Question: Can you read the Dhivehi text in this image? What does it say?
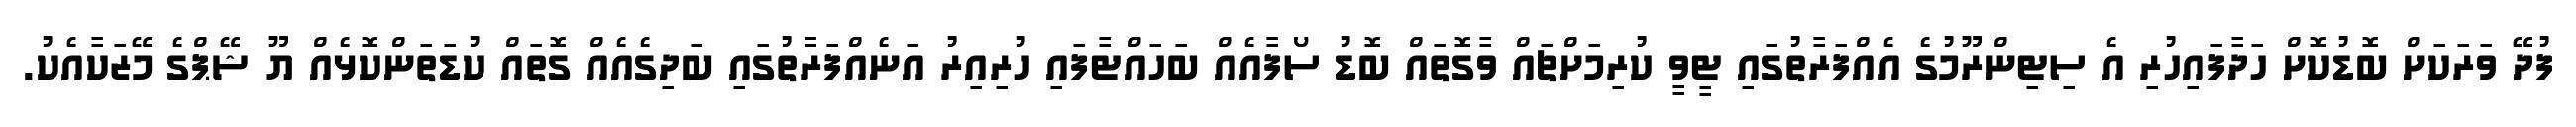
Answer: ފުދޭ ވަރަކަށް ބޮޑުކޮށް ހަދާފައިހުރި އެ ސިޓިންރޫމުގެ އެއްފަރާތުގައި ޓީވީ ކުރިމަށްޗައް ވާގޮތައް ބޮޑު ސޯފާއެއް ބަހައްޓާފައި ހުރިއިރު އަނެއްފަރާތުގައި ބަދިގެއެއް ގޮތައް ކުޑަތަންކޮޅެއް ޔޫ ޝޭޕްގެ މޭޒަކާއެކު.